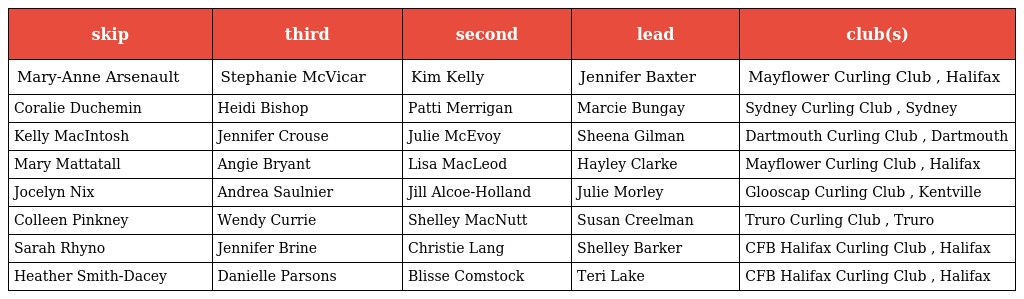
| skip | third | second | lead | club(s) |
 | --- | --- | --- | --- | --- |
 | Mary-Anne Arsenault | Stephanie McVicar | Kim Kelly | Jennifer Baxter | Mayflower Curling Club , Halifax |
 | Coralie Duchemin | Heidi Bishop | Patti Merrigan | Marcie Bungay | Sydney Curling Club , Sydney |
 | Kelly MacIntosh | Jennifer Crouse | Julie McEvoy | Sheena Gilman | Dartmouth Curling Club , Dartmouth |
 | Mary Mattatall | Angie Bryant | Lisa MacLeod | Hayley Clarke | Mayflower Curling Club , Halifax |
 | Jocelyn Nix | Andrea Saulnier | Jill Alcoe-Holland | Julie Morley | Glooscap Curling Club , Kentville |
 | Colleen Pinkney | Wendy Currie | Shelley MacNutt | Susan Creelman | Truro Curling Club , Truro |
 | Sarah Rhyno | Jennifer Brine | Christie Lang | Shelley Barker | CFB Halifax Curling Club , Halifax |
 | Heather Smith-Dacey | Danielle Parsons | Blisse Comstock | Teri Lake | CFB Halifax Curling Club , Halifax |